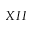
X I I